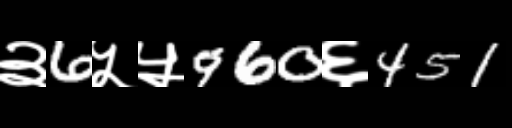
Text: ३6५५960६451